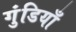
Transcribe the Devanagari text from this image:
गुंडियाँ